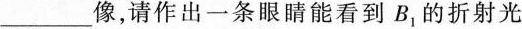
___像，请作出一条眼睛能看到B_{1}的折射光